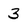
Character: 3